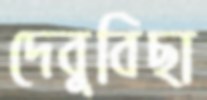
দেবুবিছা